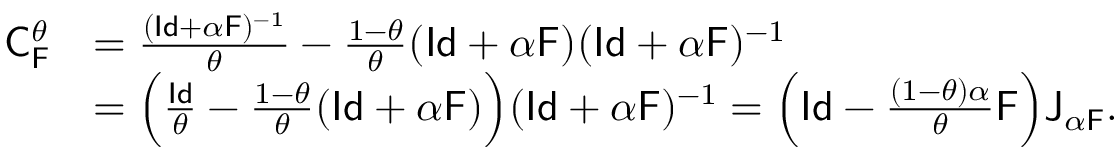
\begin{array} { r l } { \mathsf { C } _ { \mathsf { F } } ^ { \theta } } & { = \frac { ( \mathsf { I d } + \alpha \mathsf { F } ) ^ { - 1 } } { \theta } - \frac { 1 - \theta } { \theta } ( \mathsf { I d } + \alpha \mathsf { F } ) ( \mathsf { I d } + \alpha \mathsf { F } ) ^ { - 1 } } \\ & { = \Big ( \frac { \mathsf { I d } } { \theta } - \frac { 1 - \theta } { \theta } ( \mathsf { I d } + \alpha \mathsf { F } ) \Big ) ( \mathsf { I d } + \alpha \mathsf { F } ) ^ { - 1 } = \Big ( \mathsf { I d } - \frac { ( 1 - \theta ) \alpha } { \theta } \mathsf { F } \Big ) \mathsf { J } _ { \alpha \mathsf { F } } . } \end{array}